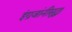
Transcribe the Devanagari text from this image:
इंग्रजांनीसुद्धा